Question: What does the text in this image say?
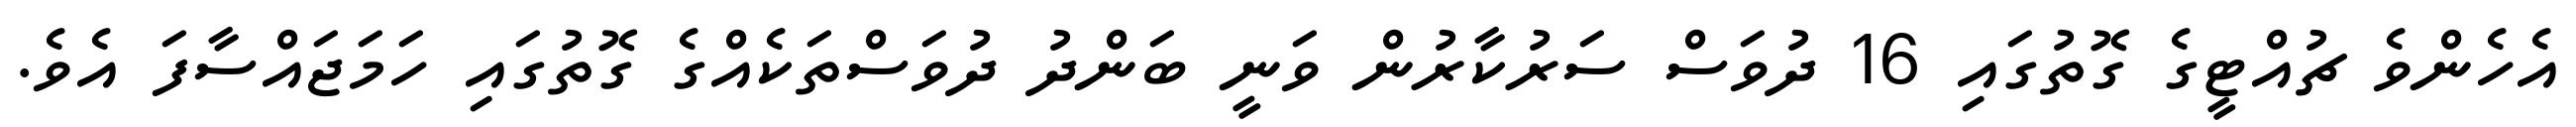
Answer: އެހެންވެ ޗުއްޓީގެ ގޮތުގައި 16 ދުވަސް ސަރުކާރުން ވަނީ ބަންދު ދުވަސްތަކެއްގެ ގޮތުގައި ހަމަޖައްސާފަ އެވެ.